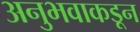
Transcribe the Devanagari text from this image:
अनुभवाकडून